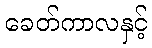
ခေတ်ကာလနှင့်